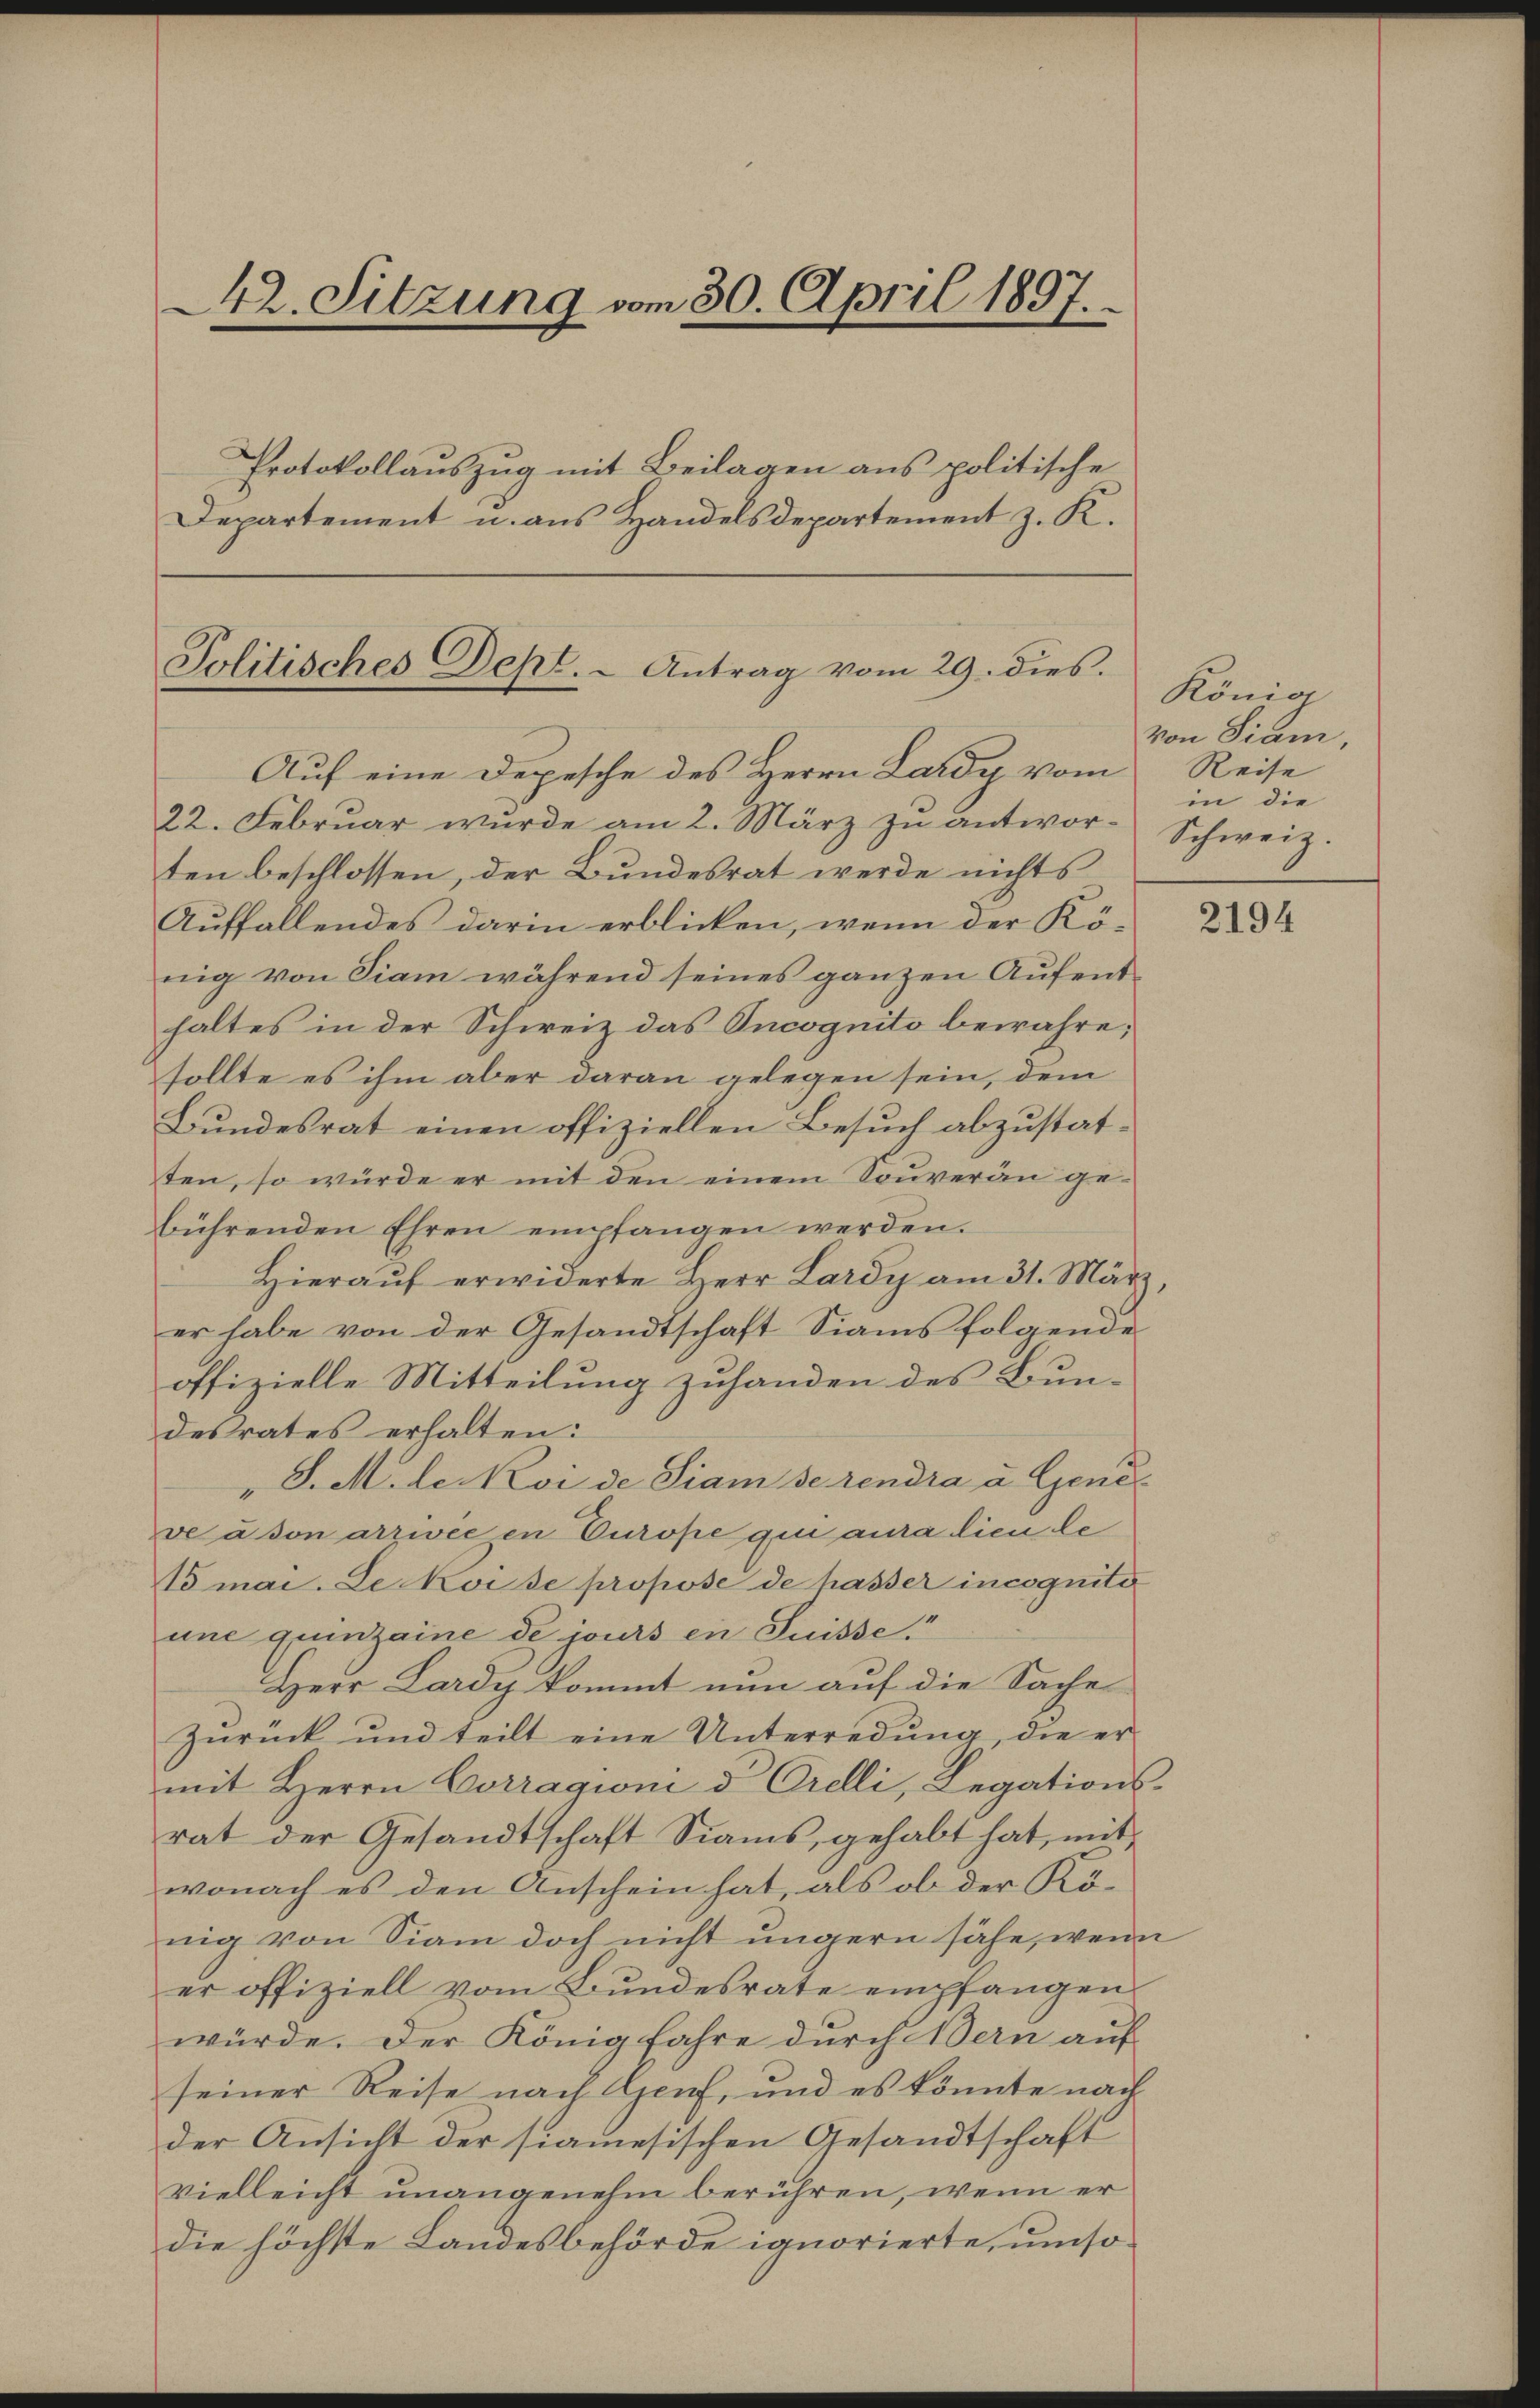
242. Sitzung vom 30. April 1897.
Protokollauszug mit Beilagen aus politische
Departement u. aus Handelsdepartement z. K.

Politisches Dept. - Antrag vom 29. dies.

Auf eine Depesche des Herrn Lardy vom Reise
22. Februar wurde am 2. März zu antworten beschlossen, der Bundesrat werde nichts
Auffallendes darin erblicken, wenn der Kö-
nig von Fiam während seines ganzen Aufenthaltes in der Schweiz das Oncognito bewahre;
sollte es ihm aber daran gelegen sein, dem
Bundesrat einen offiziellen Besuch abzustatten, so würde er mit den einem Souveran ge-
bührenden Ehren empfangen werden.
Hierauf erwiderte Herr Lardy am 31. März,
er habe von der Gesandtschaft Sianis folgende
offizielle Mitteilung zuhanden des Bun-
desrates erhalten:
"S. M. der Koi de Siam se rendra a Gene
ve à son arrivée en Curope qui aura dien de
V5mai. Le Koise propose de hasser incogniti
une quinzaine de jours en Suisse
Herr Lardy kommt nun auf die Sache
Zurück und teilt eine Unterredung, die er
mit Herrn Corragioni d. Orelli, Legations-
rat der Gesandtschaft Siams, gehabt hat, mit
wonach es den Anschein hat, als ob der König von Siam doch nicht ungern sähe, wenn
er offiziell vom Bundesrate empfangen.
würde. Der König Jahre durch Bern auf
seiner Reise nach Genf, und es könnte nach
der Ansicht der siamesischen Gesandtschaft
vielleicht unangenehm berühren, wenn er
die höchste Landesbehörde ignorierte, umso¬

König
von Piam,
in die
Schweiz.

2194